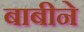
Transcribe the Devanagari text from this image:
बाबीने